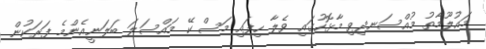
މައުލޫމާތު މުއްސަނދިވި މާޅޮހުގައި ވެލާ ހިފައި މަސް ކޭ މައްސަލަ ބަލަނީއެންމެ ފަރަކުން